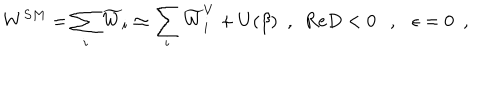
W ^ { S M } = \sum _ { i } \widetilde { W } _ { i } \simeq \sum _ { i } \widetilde { W } _ { i } ^ { V } + U ( \beta ) ~ ~ , ~ ~ \mathrm { R e } D < 0 , \epsilon = 0 ~ ~ ,